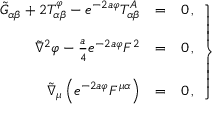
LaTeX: \left. \begin{array} { r c l } { { \tilde { G } _ { \alpha \beta } + 2 T _ { \alpha \beta } ^ { \varphi } - e ^ { - 2 a \varphi } T _ { \alpha \beta } ^ { A } } } & { { = } } & { { 0 \, , } } \\ { { } } & { { } } & { { } } \\ { { \tilde { \nabla } ^ { 2 } \varphi - { \textstyle \frac { a } { 4 } } e ^ { - 2 a \varphi } F ^ { 2 } } } & { { = } } & { { 0 \, , } } \\ { { } } & { { } } & { { } } \\ { { \tilde { \nabla } _ { \mu } \left( e ^ { - 2 a \varphi } F ^ { \mu \alpha } \right) } } & { { = } } & { { 0 \, , } } \end{array} \right\}